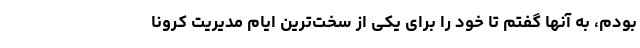
بودم، به آنها گفتم تا خود را برای یکی از سخت‌ترین ایام مدیریت کرونا